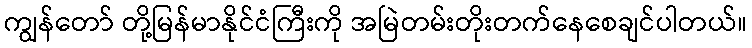
ကျွန်တော် တို့မြန်မာနိုင်ငံကြီးကို အမြဲတမ်းတိုးတက်နေစေချင်ပါတယ်။